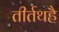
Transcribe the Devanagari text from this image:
तीर्तथहै